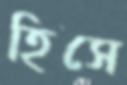
হিসে